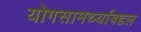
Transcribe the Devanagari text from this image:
योगसामर्थ्याबद्दल